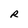
Character: R